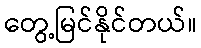
တွေ့မြင်နိုင်တယ်။